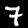
Digit: 7